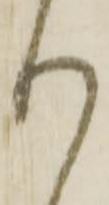
り